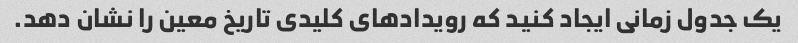
یک جدول زمانی ایجاد کنید که رویدادهای کلیدی تاریخ معین را نشان دهد.